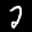
Label: 2